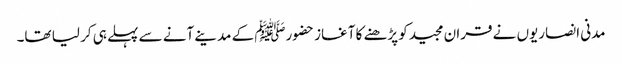
مدنی انصاریوں نے قران مجیدکو پڑھنے کا آغاز حضورﷺ کے مدینے آنے سے پہلے ہی کر لیا تھا۔